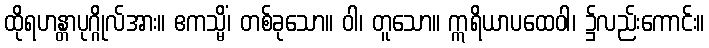
ထိုရဟန္တာပုဂ္ဂိုလ်အား။ ဧကသ္မိံ၊ တစ်ခုသော။ ဝါ၊ တူသော။ ဣရိယာပထေဝါ၊ ၌လည်းကောင်း။